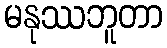
မနုဿဘူတာ